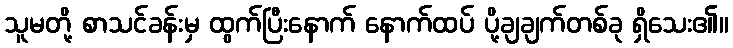
သူမတို့ စာသင်ခန်းမှ ထွက်ပြီးနောက် နောက်ထပ် ပို့ချချက်တစ်ခု ရှိသေး၏။